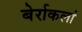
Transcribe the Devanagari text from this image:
बेर्राकलां